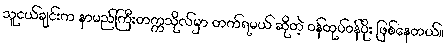
သူငယ်ချင်းက နာမည်ကြီးတက္ကသိုလ်မှာ တက်ရမယ် ဆိုတဲ့ ဝန်ထုပ်ဝန်ပိုး ဖြစ်နေတယ်။